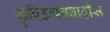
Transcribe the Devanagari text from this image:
कृषिउत्पन्नवाढीस